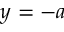
y = - a